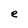
Character: e